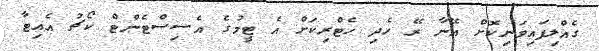
ގެއްލިފައިވަނިކޮށް އޭނާ ރޭ ހެދި ހެޓްރިކަށް އެ ޓީމުގެ އެސިސްޓެންޓް ކޯޗު އެއިޓާ